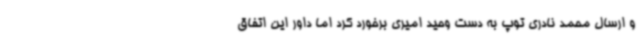
و ارسال محمد نادری توپ به دست وحید امیری برخورد کرد اما داور این اتفاق